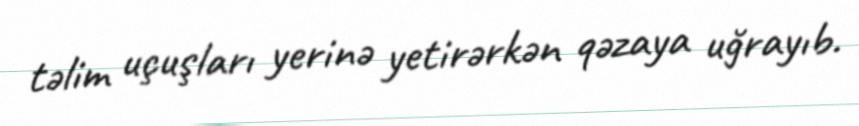
təlim uçuşları yerinə yetirərkən qəzaya uğrayıb.